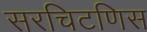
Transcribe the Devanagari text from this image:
सरचिटणिस